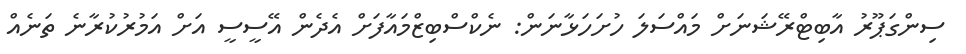
ސިންގަޕޫރު އާބިޓްރޭޝަނަށް މައްސަލަ ހުށަހަޅާނަން: ނެކްސްބިޒްމައާފަށް އެދެން އޭސީސީ އަށް އަމުރުކުރާނެ ތަނެއް